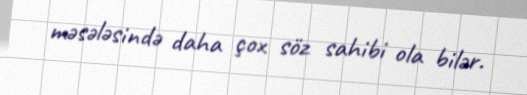
məsələsində daha çox söz sahibi ola bilər.